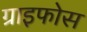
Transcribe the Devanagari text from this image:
ग्राइफोस